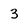
Character: 3